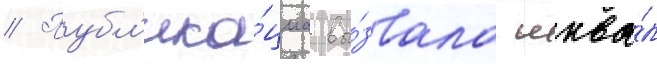
// Публ'ика́циа вы́звала шква́л